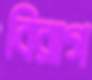
বিরাগ